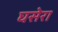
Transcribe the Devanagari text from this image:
घसेरा